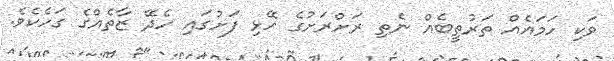
ވަކި ހަމައެއް ތަރުތީބެއް ނެތި ރަށްރަށުގެ ހޭޅި ފަށުގައި ހެދޭ ޒާތެއްގެ ގަހެކެވެ.